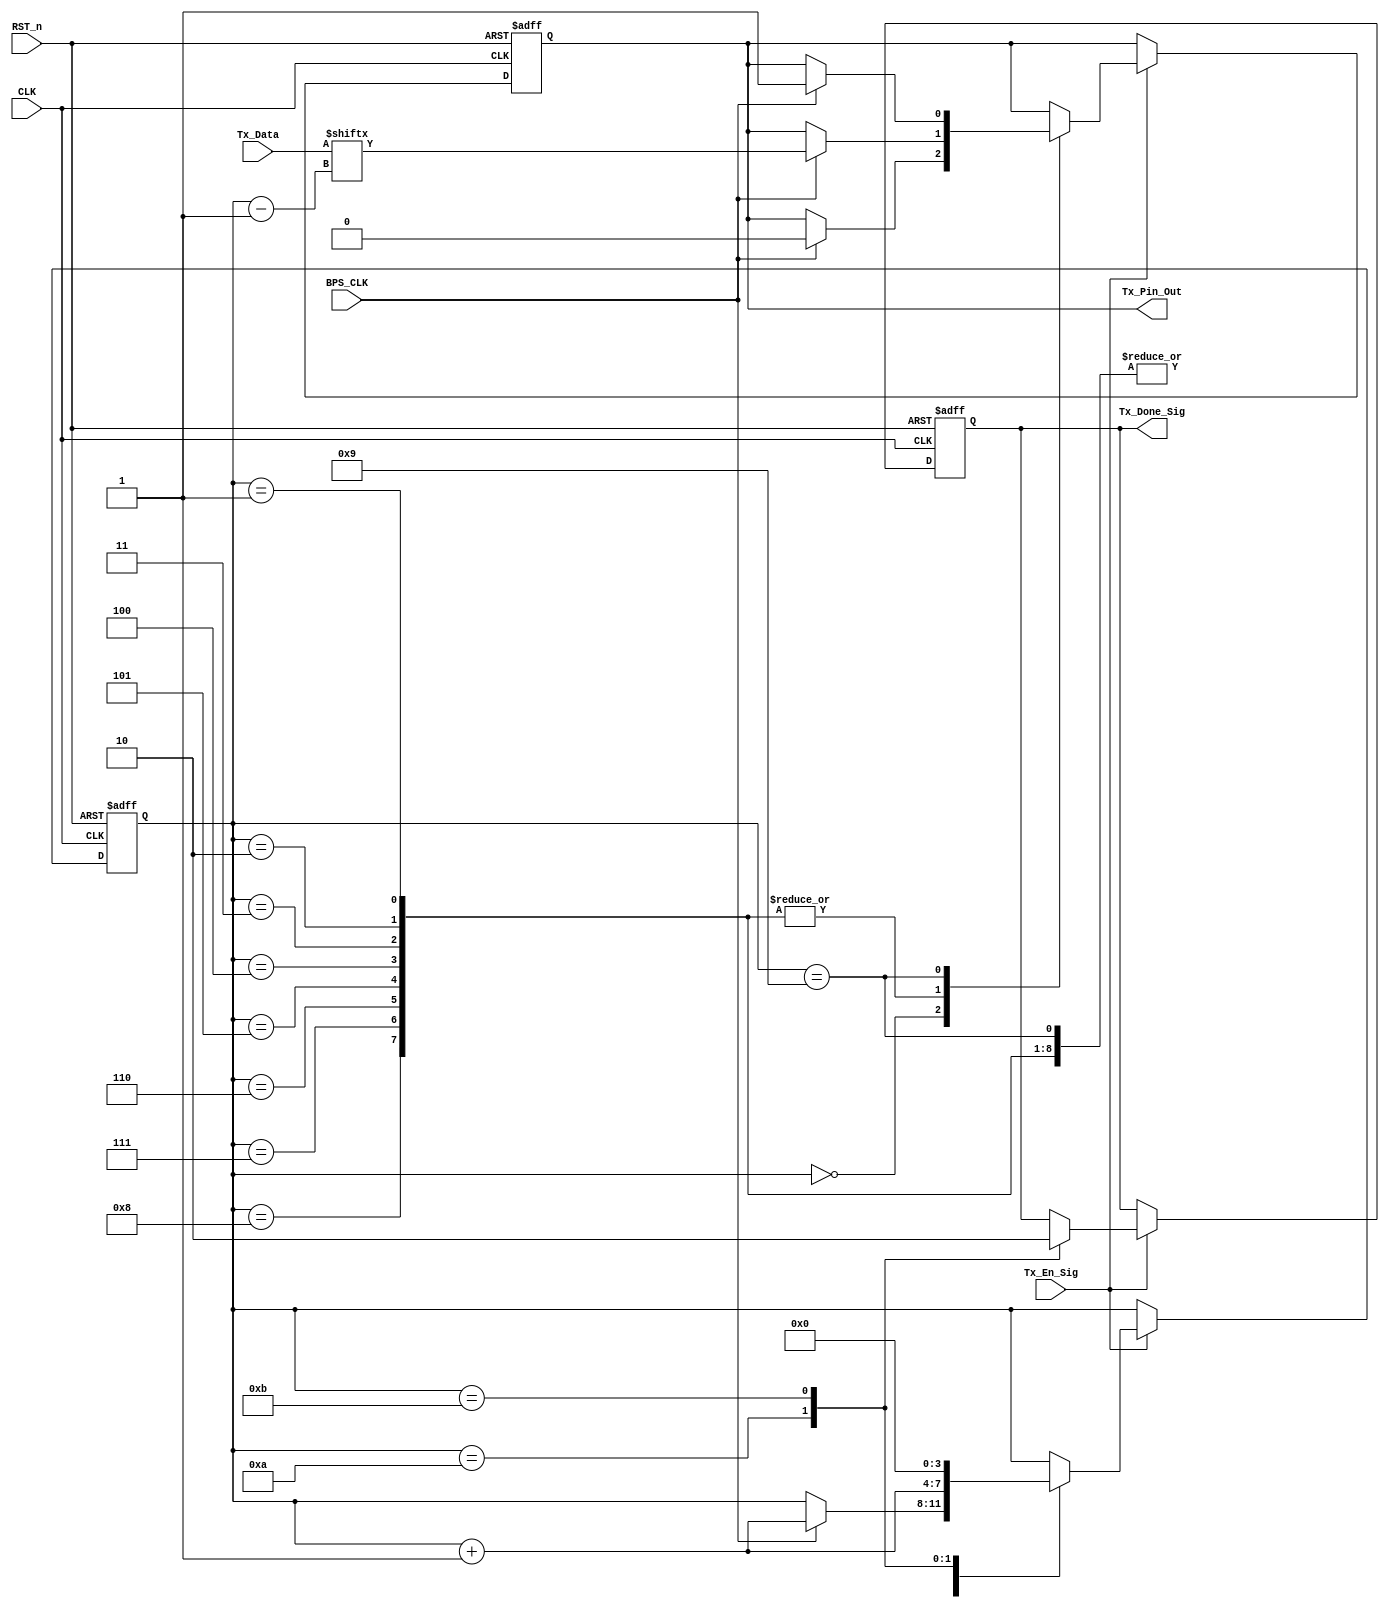
`timescale 1ns / 1ps
//////////////////////////////////////////////////////////////////////////////////
// Company: 
// Engineer: 
// 
// Design Name: 
// Module Name:    tx_control_module 
// Project Name: 
// Target Devices: 
// Tool versions: 
// Description: 
//
// Dependencies: 
//
// Revision: 
// Revision 0.01 - File Created
// Additional Comments: 
//
//////////////////////////////////////////////////////////////////////////////////
module tx_control_module(
    CLK,
    RST_n,
    Tx_En_Sig,
    Tx_Data,
    BPS_CLK,
    Tx_Done_Sig,
    Tx_Pin_Out
    );
    
    input CLK;
    input RST_n;
    
    input Tx_En_Sig;
    input [7:0]Tx_Data;
    input BPS_CLK;
    
    output Tx_Done_Sig;
    output Tx_Pin_Out;
    
    reg [3:0]i;
    reg rTx;
    reg isDone;
    
    always @(posedge CLK or negedge RST_n) begin
        if (!RST_n) begin
            i <= 4'd0;
            rTx <= 1'b1;        // rx
            isDone <= 1'b0;
        end
        else if (Tx_En_Sig) begin
            case (i)

                4'd0:
                begin
                    if (BPS_CLK) begin
                        i <= i + 1'b1;
                        rTx <= 1'b0; // 
                    end
                end
                
                4'd1, 4'd2, 4'd3, 4'd4, 4'd5, 4'd6, 4'd7, 4'd8: // 
                begin
                    if (BPS_CLK) begin
                        i <= i + 1'b1;
                        rTx <= Tx_Data[i-1];
                    end
                end
                
                4'd9: // 
                begin
                    if (BPS_CLK) begin
                        i <= i + 1'b1;
                        rTx <= 1'b1;
                    end
                end
                
                4'd10:
                begin
                    i <= i + 1'b1;
                    isDone <= 1'b1;
                end

                4'd11:
                begin
                    i <= 4'd0;
                    isDone <= 1'b0;
                end
                
            endcase
        end
    end

    assign Tx_Done_Sig = isDone;
    assign Tx_Pin_Out = rTx;

endmodule